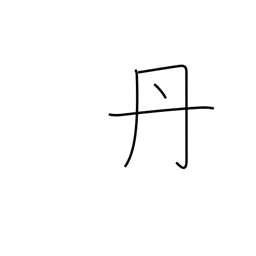
Meaning: rust-colored